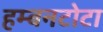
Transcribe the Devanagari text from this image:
हम्बनटोटा